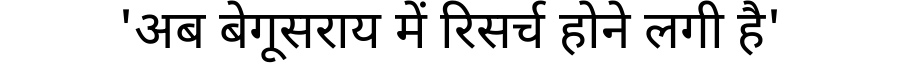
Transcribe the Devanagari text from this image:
'अब बेगूसराय में रिसर्च होने लगी है'